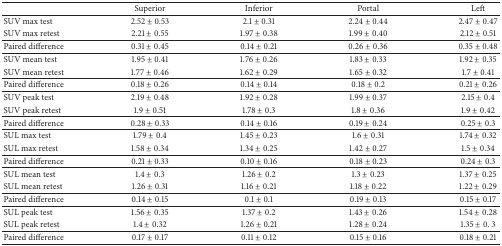
<table><thead><tr><td><b> </b></td><td><b>Superior</b></td><td><b>Inferior</b></td><td><b>Portal</b></td><td><b>Left</b></td></tr></thead><tbody><tr><td>SUV max test</td><td>2.52 ± 0.53</td><td>2.1 ± 0.31</td><td>2.24 ± 0.44</td><td>2.47 ± 0.47</td></tr><tr><td>SUV max retest</td><td>2.21 ± 0.55</td><td>1.97 ± 0.38</td><td>1.99 ± 0.40</td><td>2.12 ± 0.51</td></tr><tr><td>Paired difference</td><td>0.31 ± 0.45</td><td>0.14 ± 0.21</td><td>0.26 ± 0.36</td><td>0.35 ± 0.48</td></tr><tr><td>SUV mean test</td><td>1.95 ± 0.41</td><td>1.76 ± 0.26</td><td>1.83 ± 0.33</td><td>1.92 ± 0.35</td></tr><tr><td>SUV mean retest</td><td>1.77 ± 0.46</td><td>1.62 ± 0.29</td><td>1.65 ± 0.32</td><td>1.7 ± 0.41</td></tr><tr><td>Paired difference</td><td>0.18 ± 0.26</td><td>0.14 ± 0.14</td><td>0.18 ± 0.2</td><td>0.21 ± 0.26</td></tr><tr><td>SUV peak test</td><td>2.19 ± 0.48</td><td>1.92 ± 0.28</td><td>1.99 ± 0.37</td><td>2.15 ± 0.4</td></tr><tr><td>SUV peak retest</td><td>1.9 ± 0.51</td><td>1.78 ± 0.3</td><td>1.8 ± 0.36</td><td>1.9 ± 0.42</td></tr><tr><td>Paired difference</td><td>0.28 ± 0.33</td><td>0.14 ± 0.16</td><td>0.19 ± 0.24</td><td>0.25 ± 0.3</td></tr><tr><td>SUL max test</td><td>1.79 ± 0.4</td><td>1.45 ± 0.23</td><td>1.6 ± 0.31</td><td>1.74 ± 0.32</td></tr><tr><td>SUL max retest</td><td>1.58 ± 0.34</td><td>1.34 ± 0.25</td><td>1.42 ± 0.27</td><td>1.5 ± 0.34</td></tr><tr><td>Paired difference</td><td>0.21 ± 0.33</td><td>0.10 ± 0.16</td><td>0.18 ± 0.23</td><td>0.24 ± 0.3</td></tr><tr><td>SUL mean test</td><td>1.4 ± 0.3</td><td>1.26 ± 0.2</td><td>1.3 ± 0.23</td><td>1.37 ± 0.25</td></tr><tr><td>SUL mean retest</td><td>1.26 ± 0.31</td><td>1.16 ± 0.21</td><td>1.18 ± 0.22</td><td>1.22 ± 0.29</td></tr><tr><td>Paired difference</td><td>0.14 ± 0.15</td><td>0.1 ± 0.1</td><td>0.19 ± 0.13</td><td>0.15 ± 0.17</td></tr><tr><td>SUL peak test</td><td>1.56 ± 0.35</td><td>1.37 ± 0.2</td><td>1.43 ± 0.26</td><td>1.54 ± 0.28</td></tr><tr><td>SUL peak retest</td><td>1.4 ± 0.32</td><td>1.26 ± 0.21</td><td>1.28 ± 0.24</td><td>1.35 ± 0. 3</td></tr><tr><td>Paired difference</td><td>0.17 ± 0.17</td><td>0.11 ± 0.12</td><td>0.15 ± 0.16</td><td>0.18 ± 0.21</td></tr></tbody></table>